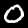
Digit: 0